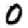
Digit: 0